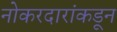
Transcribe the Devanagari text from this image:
नोकरदारांकडून